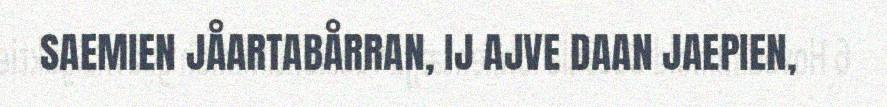
SAEMIEN JÅARTABÅRRAN, IJ AJVE DAAN JAEPIEN,